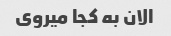
الان به کجا میروی